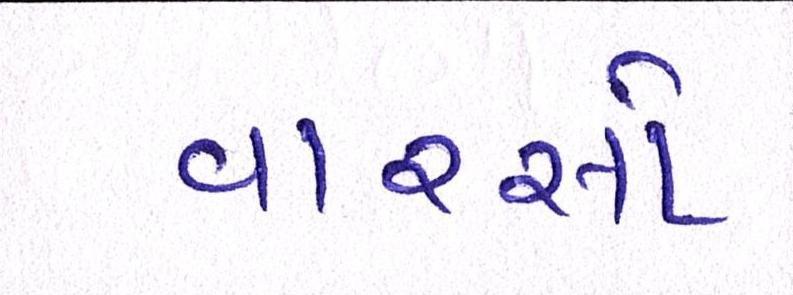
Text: વારસો